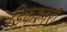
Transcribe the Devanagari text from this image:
डिकश्नरी